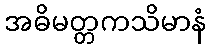
အဓိမတ္တကသိမာနံ